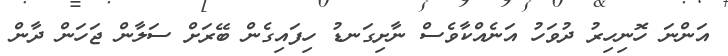
އަންނަ ހޮނިހިރު ދުވަހު އަނެއްކާވެސް ނާށިގަނޑު ހިފައިގެން ބޭރަށް ސަލާން ޖަހަން ދާން